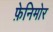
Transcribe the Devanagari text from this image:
फ़ेनिमोर